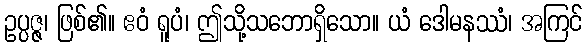
ဥပ္ပဇ္ဇ၊ ဖြစ်၏။ ဧဝံ ရူပံ၊ ဤသို့သဘောရှိသော။ ယံ ဒေါမနဿံ၊ အကြင်